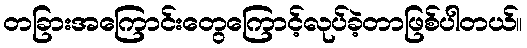
တခြားအကြောင်းတွေကြောင့်လုပ်ခဲ့တာဖြစ်ပါတယ်။